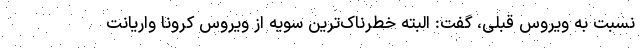
نسبت به ویروس قبلی، گفت: البته خطرناک‌ترین سویه از ویروس کرونا واریانت